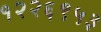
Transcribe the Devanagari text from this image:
१२२६९५३